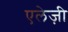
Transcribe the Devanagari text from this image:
एलेज़ी